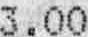
3.00